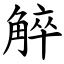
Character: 䚝